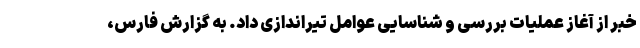
خبر از آغاز عملیات بررسی و شناسایی عوامل تیراندازی داد. به گزارش فارس،